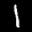
Label: 1